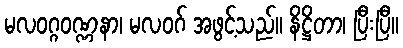
မလဝဂ္ဂဝဏ္ဏနာ၊ မလဝဂ် အဖွင့်သည်။ နိဋ္ဌိတာ၊ ပြီးပြီ။